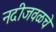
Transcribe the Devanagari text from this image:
नदीजवळचे